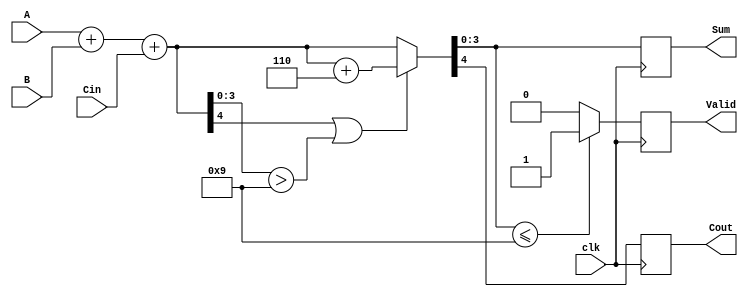
module BCD_Synchronous_Adder (
    input wire [3:0] A,      // First BCD digit
    input wire [3:0] B,      // Second BCD digit
    input wire Cin,          // Carry input
    input wire clk,          // Clock signal
    output reg [3:0] Sum,    // Resulting BCD digit
    output reg Cout,         // Carry output
    output reg Valid         // Valid BCD output signal
);

    reg [4:0] Temp_Sum;      // Temporary sum (5 bits)

    always @(posedge clk) begin
        // Step 1: Perform binary addition
        Temp_Sum = A + B + Cin;

        // Step 2: BCD correction
        if (Temp_Sum[4] || (Temp_Sum[3:0] > 4'b1001)) begin
            // Apply BCD correction
            Temp_Sum = Temp_Sum + 5'b00110; // Add 6 (0110 in binary)
        end

        // Step 3: Determine the sum and carry output
        Sum = Temp_Sum[3:0]; // Take the lower 4 bits as the sum
        Cout = Temp_Sum[4];  // Carry out is the 5th bit of Temp_Sum

        // Step 4: Valid signal
        Valid = (Sum <= 4'b1001) ? 1'b1 : 1'b0; // Valid if Sum is a valid BCD digit
    end

endmodule